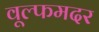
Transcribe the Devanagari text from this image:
वूल्‍फमदर